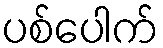
ပစ်ပေါက်